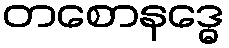
တစောနဒ္ဓေ